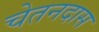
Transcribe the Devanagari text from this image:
चेतनदास